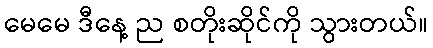
မေမေ ဒီနေ့ ည စတိုးဆိုင်ကို သွားတယ်။